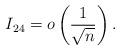
\begin{align*}I_{24} = o \left( \frac{ 1 }{\sqrt{n}} \right).\end{align*}